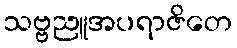
သဗ္ဗညူအပရာဇိတေ